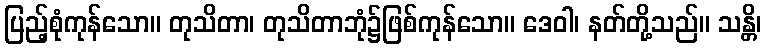
ပြည့်စုံကုန်သော။ တုသိတာ၊ တုသိတာဘုံ၌ဖြစ်ကုန်သော။ ဒေဝါ၊ နတ်တို့သည်။ သန္တိ၊